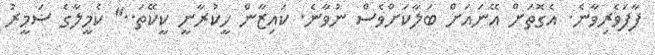
ފާފަވެރިވާނެ. އެގޮތަށް އޭނައަށް ބަލާކަށްވެސް ނުވާނެ. ކައިޒާން ހީކުރާނީ ކީކޭތަ.." ކެމީލާގެ ޟަމީރު